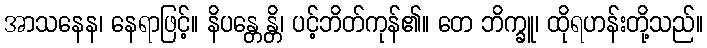
အာသနေန၊ နေရာဖြင့်။ နိပန္တေန္တိ၊ ပင့်ဘိတ်ကုန်၏။ တေ ဘိက္ခူ၊ ထိုရဟန်းတို့သည်။